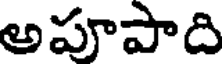
అపూపాది